Scottish Leaving Certificate Examination, 1955
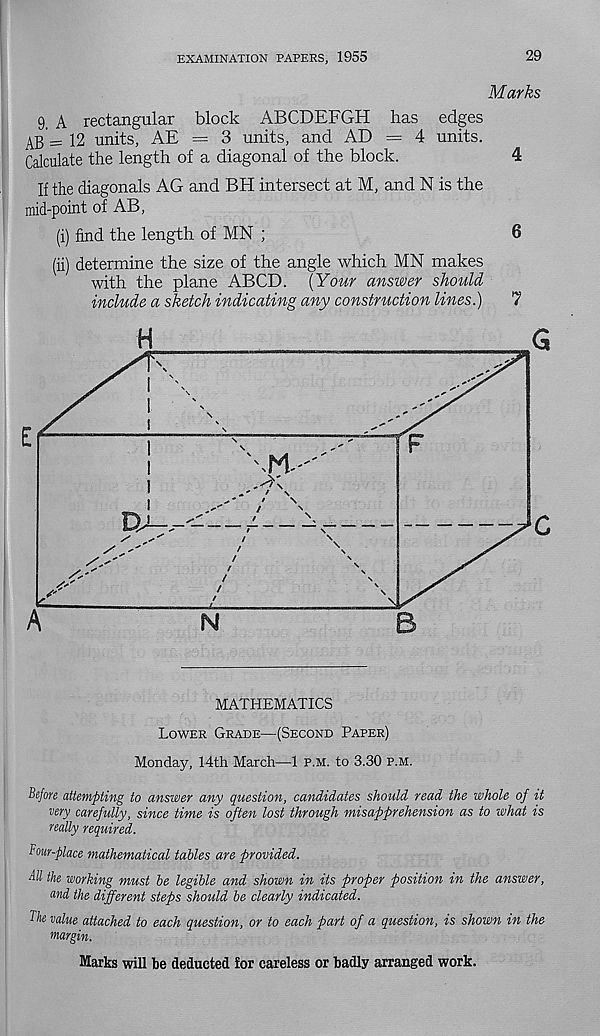
EXAMINATION PAPERS, 1955
29
Marks
9. A rectangular block ABCDEFGH has edges
AB = 12 units, AE = 3 units, and AD = 4 units.
Calculate the length of a diagonal of the block.
4
If the diagonals AG and BE! intersect at M, and N is the
mid-point of AB,
(i) find the length of MN ;
6
(ii) determine the size of the angle which MN makes
with the plane ABCD. [Your answer should
include a sketch indicating any construction lines.)
7
n
F
' \
t
N
r
>
N
MATHEMATICS
Lower Grade—(Second Paper)
Monday, 14th March—1 p.m. to 3.30 p.m.
Before attempting to answer any question, candidates should read the whole of it
very carefully, since time is often lost through misapprehension as to what is
really required.
Bow-place mathematical tables are provided.
All the working must be legible and shown in its proper position in the answer,
and. the different steps should be clearly indicated.
I he value attached to each question, or to each part of a question, is shown in the
margin.
Marks will be deducted lor careless or badly arranged work.